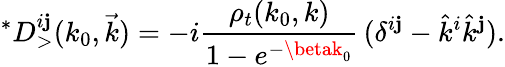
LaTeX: ^{*}D_{>}^{i\mathbf{j}}(k_{0},\vec{{k}})=-i{\frac{{\rho_{t}(k_{0},k)}}{{1-e^{-\betak_{0}}}}}\, (\delta^{i\mathbf{j}}-\hat{{k}}^{i}\hat{{k}}^{\mathbf{j}}).